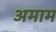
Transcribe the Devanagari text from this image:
अमाम